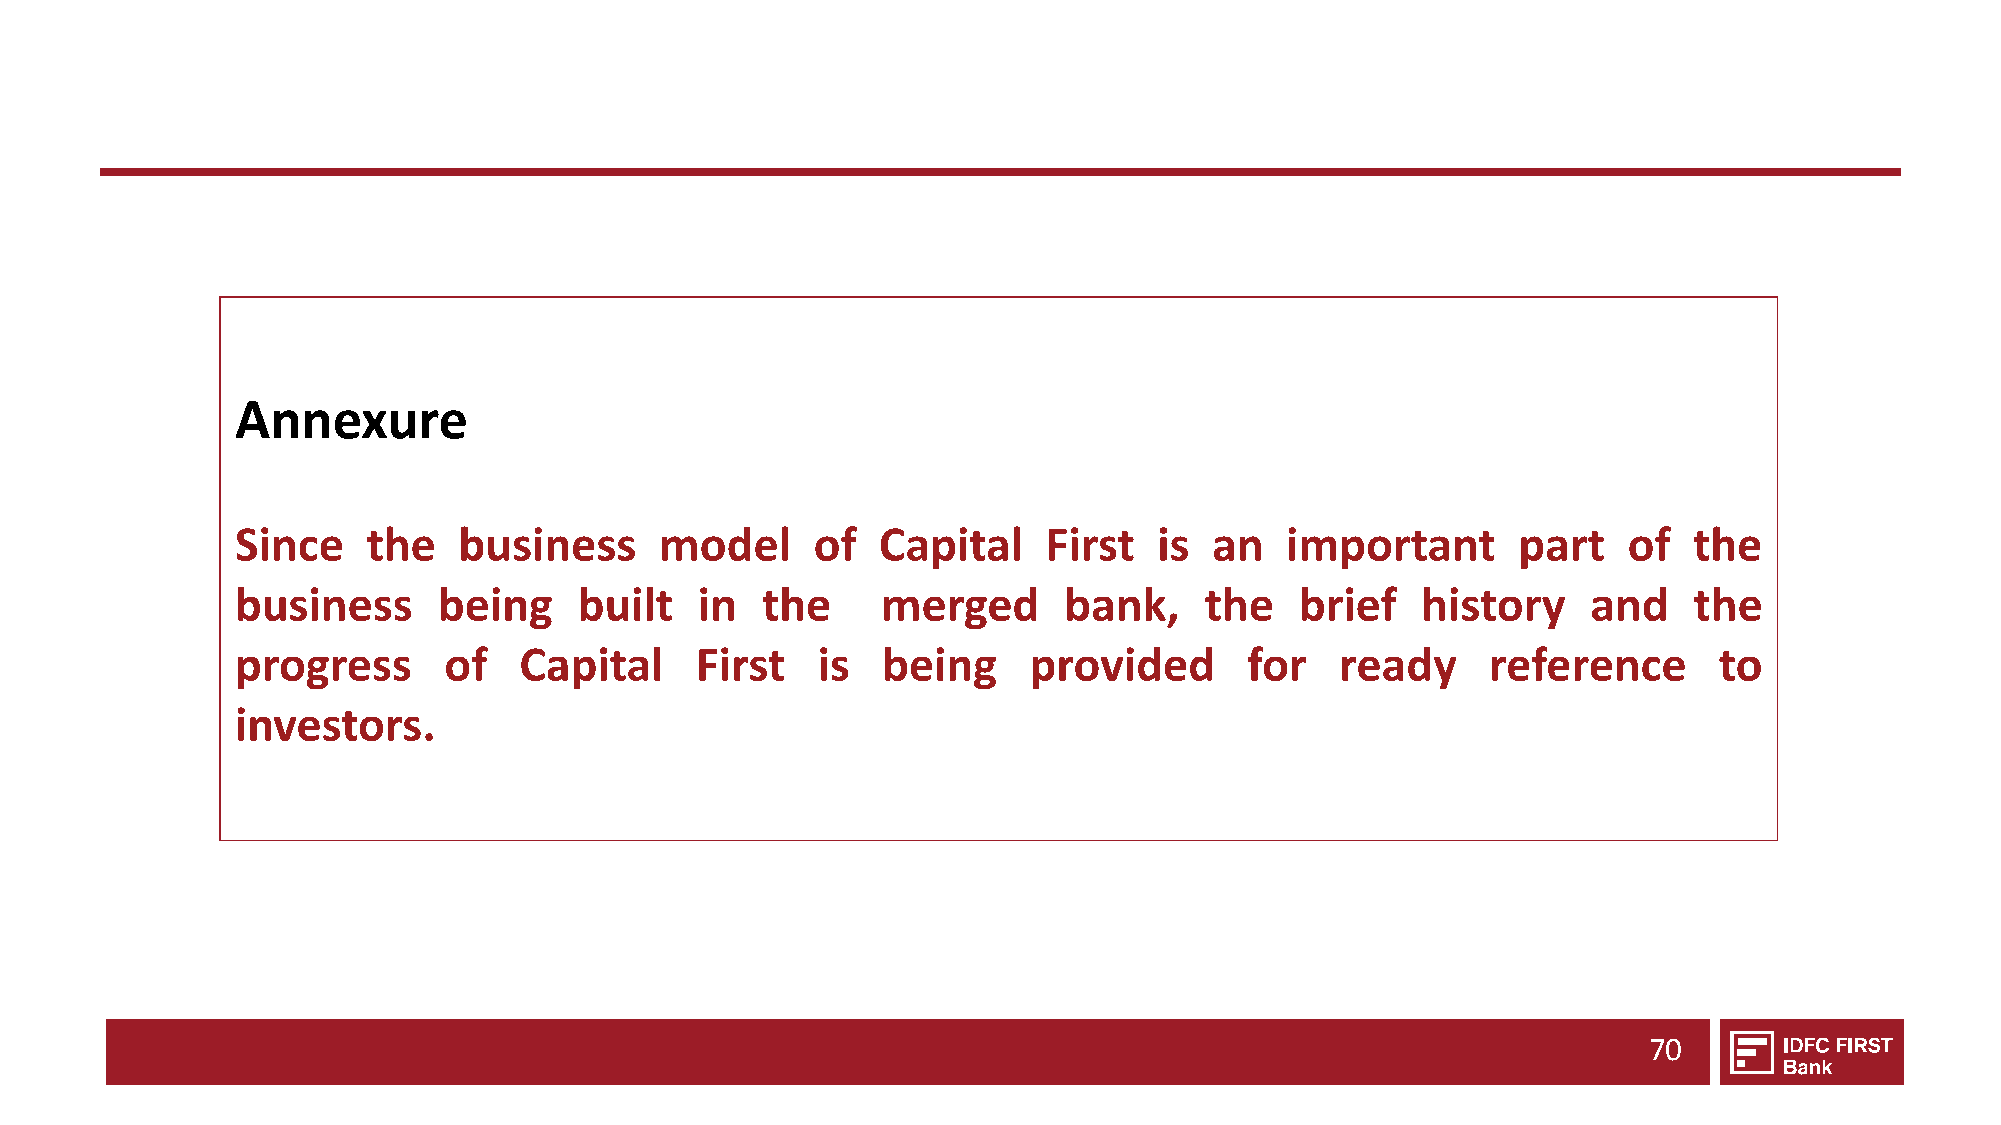
Annexure
 Since   the   business      model     of  Capital    First   is an   important      part    of  the
 business     being    built   in  the     merged      bank,     the   brief   history    and    the
 progress     of   Capital     First   is  being     provided       for   ready     reference      to
 investors.
 70